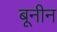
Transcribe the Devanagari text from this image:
बूनीन